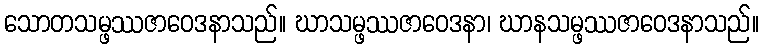
သောတသမ္ဖဿဇာဝေဒနာသည်။ ဃာသမ္ဖဿဇာဝေဒနာ၊ ဃာနသမ္ဖဿဇာဝေဒနာသည်။